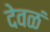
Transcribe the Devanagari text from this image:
देवळं